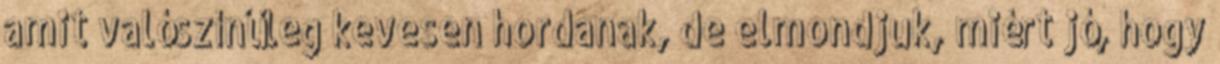
amit valószínűleg kevesen hordanak, de elmondjuk, miért jó, hogy